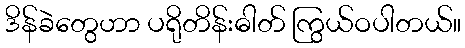
ဒိန်ခဲတွေဟာ ပရိုတိန်းဓါတ် ကြွယ်ဝပါတယ်။